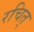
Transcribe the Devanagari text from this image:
रचित्